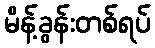
မိန့်ခွန်းတစ်ရပ်